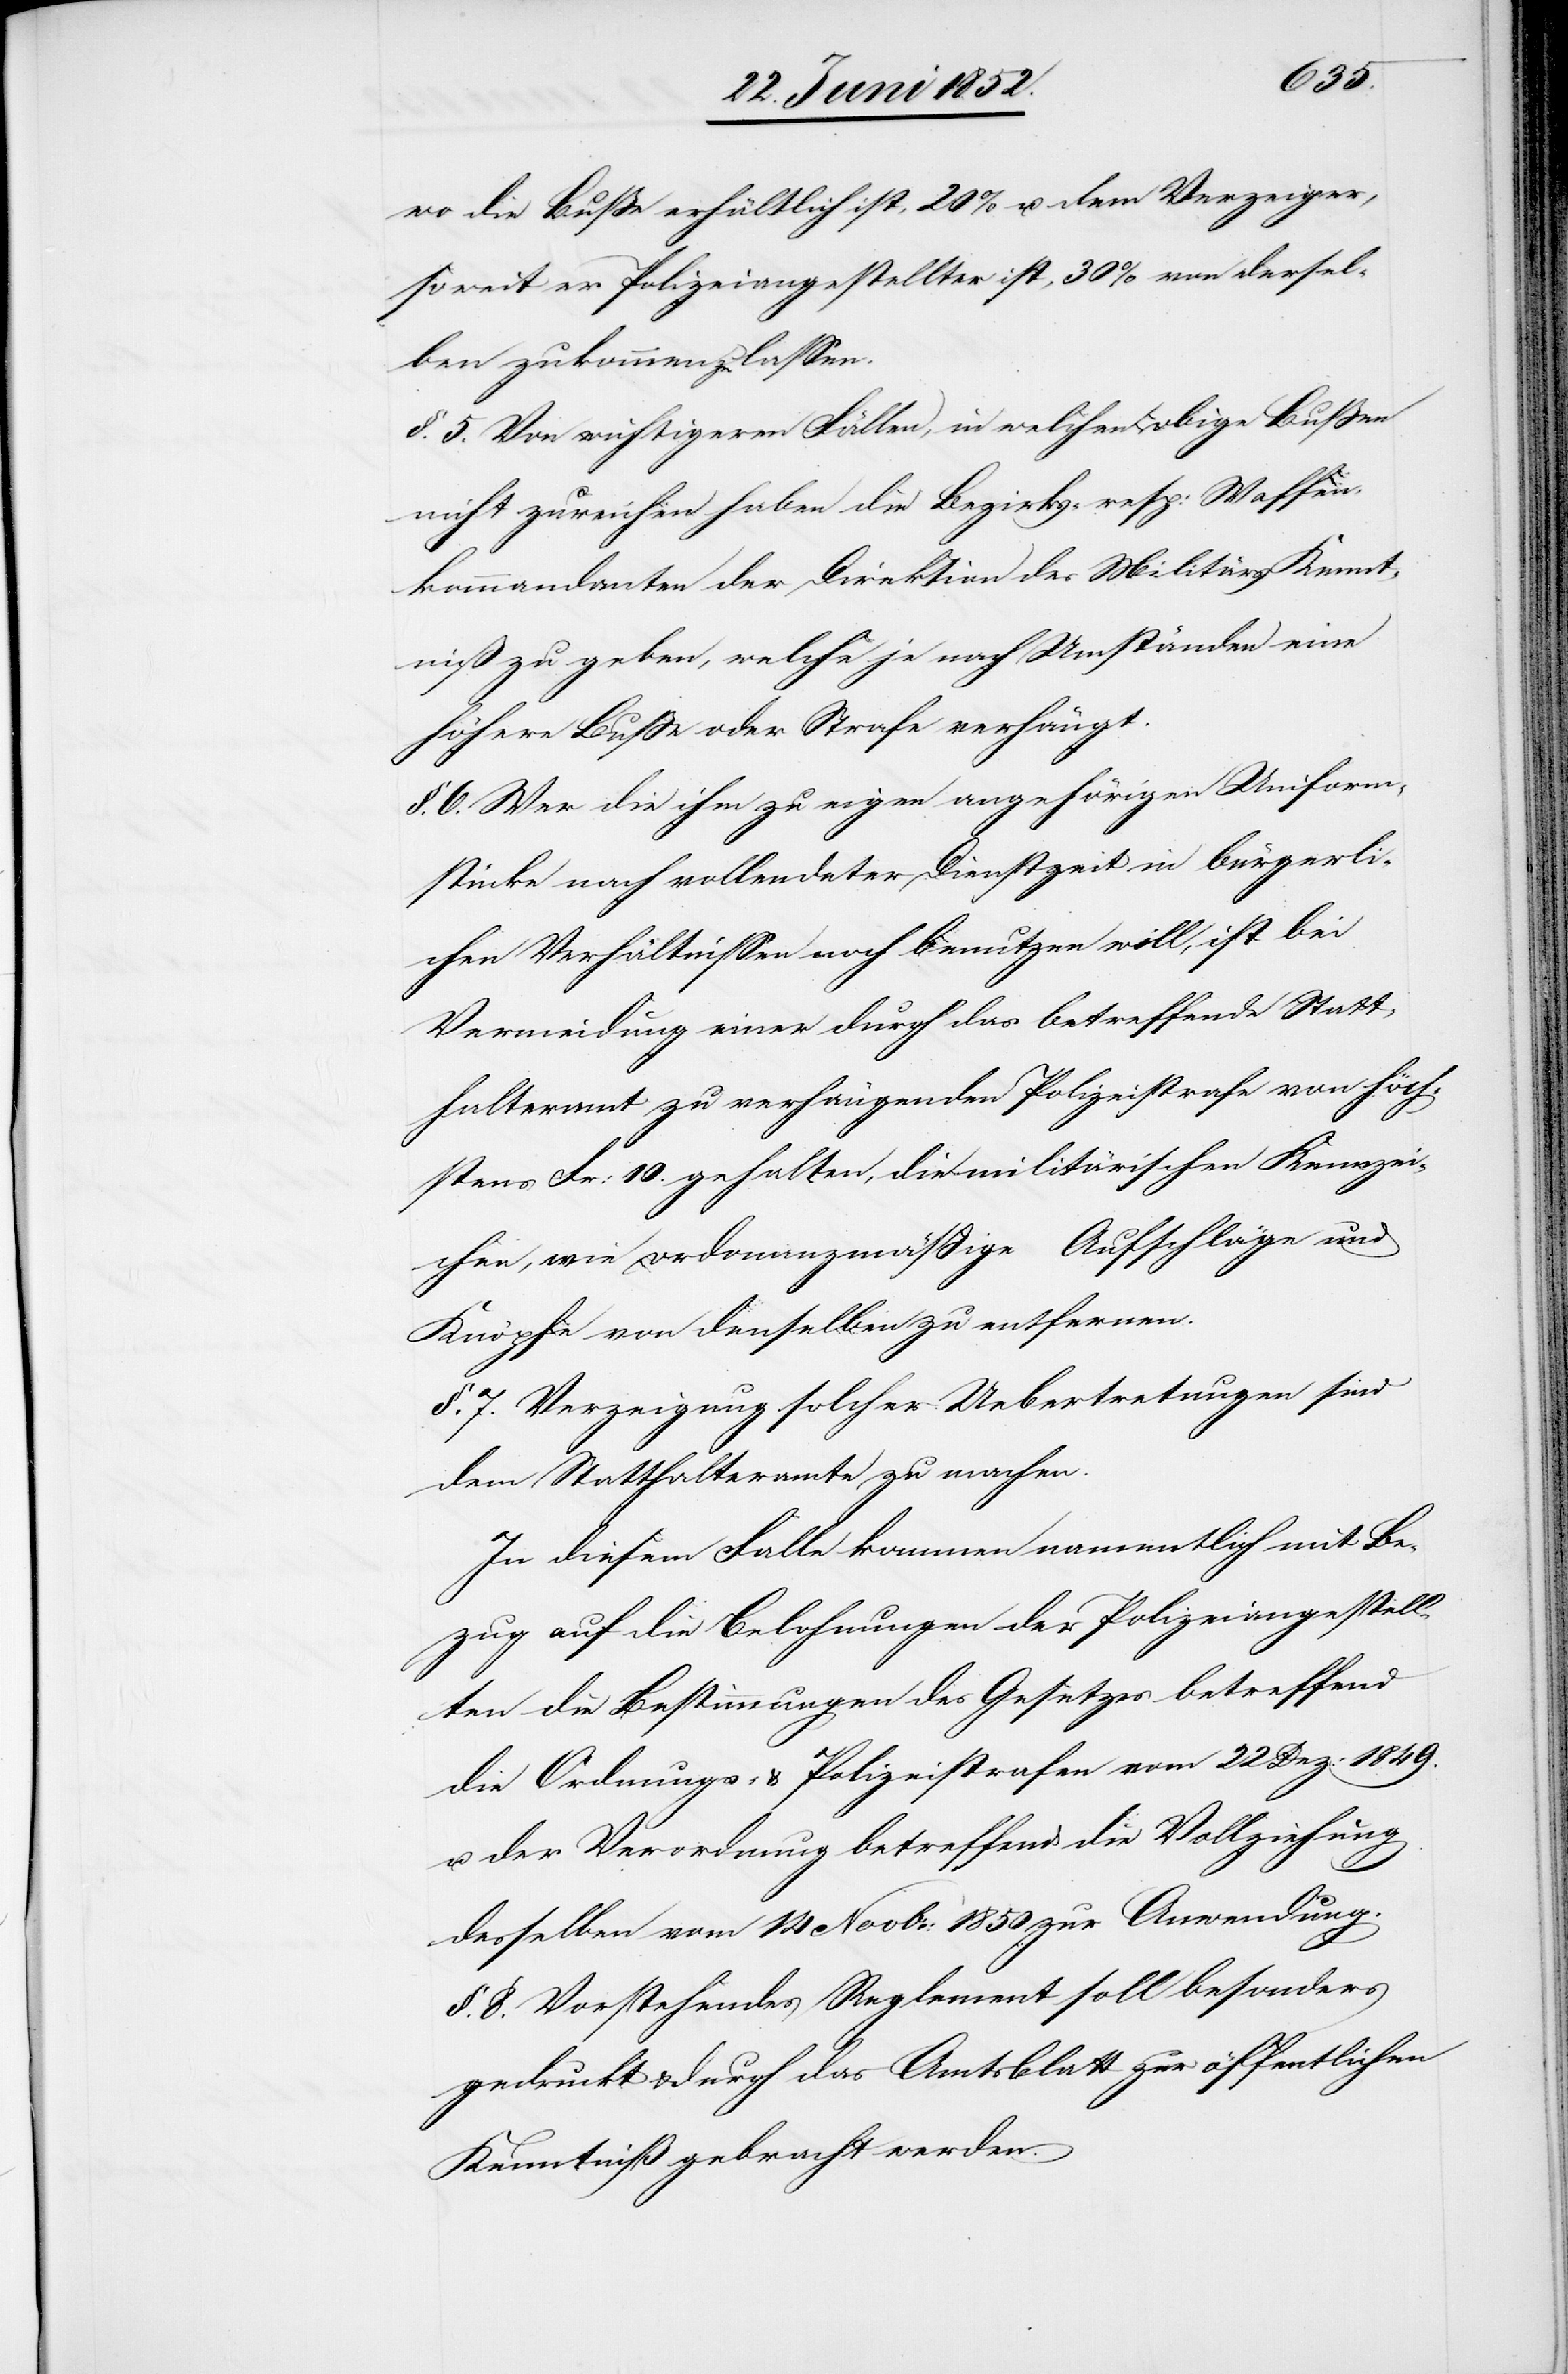
wo die Buße erhältlich ist, 20% u. dem Verzeiger,
soweit er Polizeiangestellter ist, 30% von dersel¬
ben zukommen zu lassen.
§. 5. Von wichtigeren Fällen, in welchen obige Bußen
nicht zureichen haben die Bezirks- resp: Waffen¬
kommandanten der Direktion des Militärs Kennt¬
niß zu geben, welche je nach Umständen eine
höhere Buße oder Strafe verhängt.
§. 6. Wer die ihm zu eigen angehörigen Uniform¬
stücke nach vollendeter Dienstzeit in bürgerli¬
chen Verhältnissen noch benutzen will, ist bei
Vermeidung einer durch das betreffende Statt¬
halteramt zu verhängenden Polizeistrafe von höch¬
stens Fr: 10. gehalten, die militärischen Kennzei¬
chen, wie ordonanzmäßige Aufschläge und
Knöpfe von denselben zu entfernen.
§. 7. Verzeigung solcher Uebertretungen sind
dem Statthalteramte zu machen.
In diesem Falle kommen namentlich mit Be¬
zug auf die Belohnungen der Polizeiangestell¬
ten die Bestimmungen des Gesetzes betreffend
die Ordnungs- & Polizeistrafen vom 22 Dez: 1849.
u. der Verordnung betreffend die Vollziehung
desselben vom 14 Novbr: 1850 zur Anwendung.
§. 8. Vorstehendes Reglement soll besonders
gedruckt & durch das Amtsblatt zur öffentlichen
Kenntniß gebracht werden.